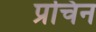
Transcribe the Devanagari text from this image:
प्रचिन